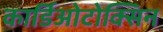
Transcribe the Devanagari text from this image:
कार्डिओटोक्सिन